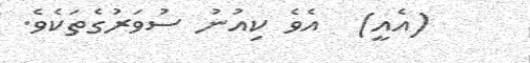
(އެއީ)  އެވެ ކިއުނު ސުވަރުގެތަކެވެ.